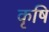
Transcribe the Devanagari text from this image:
कृषि